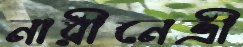
নারীনেত্রী